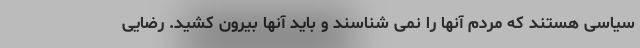
سیاسی هستند که مردم آنها را نمی شناسند و باید آنها بیرون کشید. رضایی